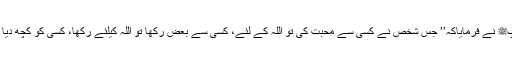
شائد اسلئے کہ یہ قوم خاتم الانبیاء ﷺ کے اس فرمان عالی شان کوجانتی ہے کہ جس میں آپﷺ نے فرمایاکہ’’ جس شخص نے کسی سے محبت کی تو اللہ کے لئے، کسی سے بعض رکھا تو اللہ کیلئے رکھا، کسی کو کچھ دیا تواللہ کیلئے دیا، کسی سے کچھ روکا تو اللہ کیلئے روکا، اس شخص کا ایمان مکمل ہو گیا۔